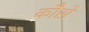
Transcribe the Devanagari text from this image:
कौसे